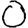
Digit: 0